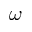
\omega